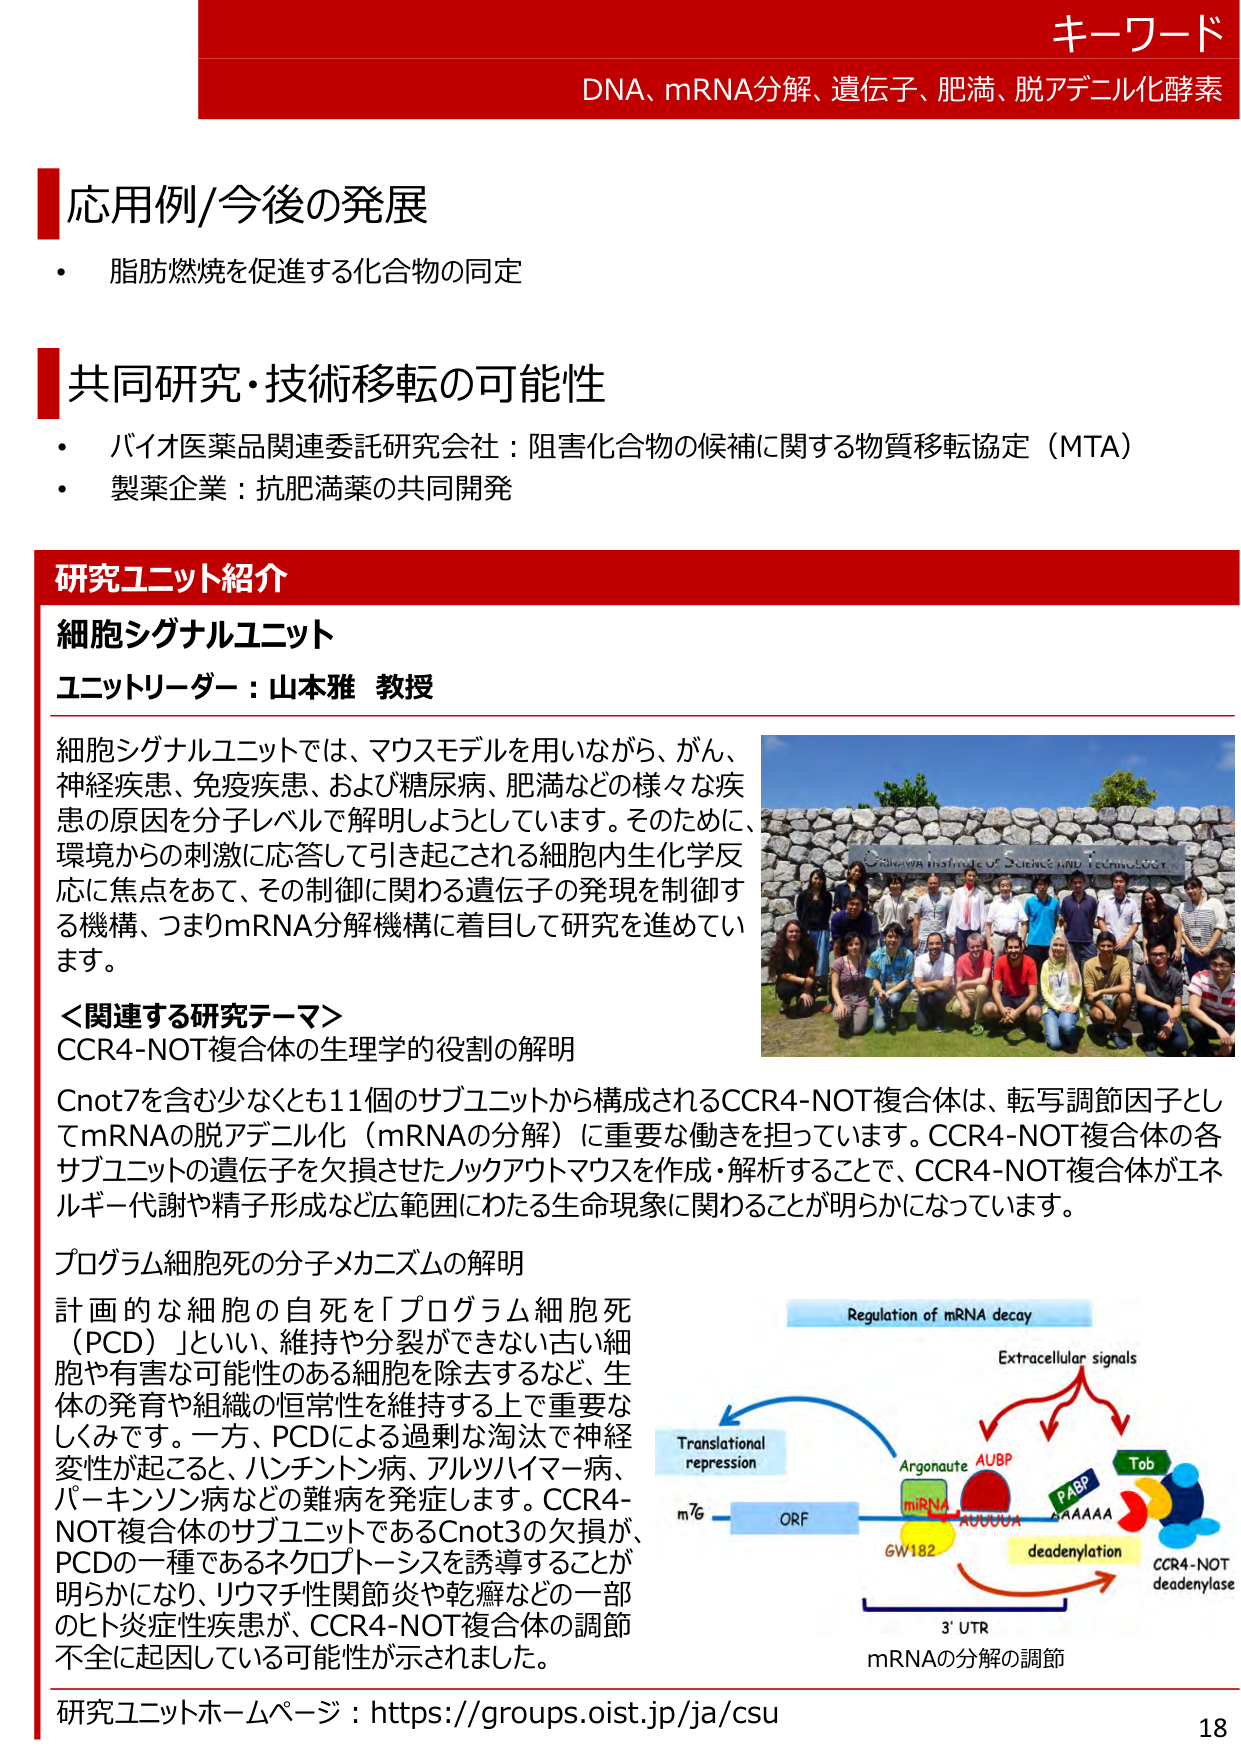
キーワード
DNA、mRNA分解、遺伝子、肥満、脱アデニル化酵素

応用例/今後の発展
・ 脂肪燃焼を促進する化合物の同定

共同研究・技術移転の可能性
・ バイオ医薬品関連委託研究会社：阻害化合物の候補に関する物質移転協定（MTA）
・ 製薬企業：抗肥満薬の共同開発

研究ユニット紹介
細胞シグナルユニット
ユニットリーダー：山本雅 教授

細胞シグナルユニットでは、マウスモデルを用いながら、がん、
神経疾患、免疫疾患、および糖尿病、肥満などの様々な疾
患の原因を分子レベルで解明しようとしています。そのため、
環境からの刺激に応答して引き起こされる細胞内生化学反
応に焦点をあて、その制御に関わる遺伝子の発現を制御す
る機構、つまりmRNA分解機構に着目して研究を進めてい
ます。

＜関連する研究テーマ＞
CCR4-NOT複合体の生理学的役割の解明

Cnot7を含む少なくとも11個のサブユニットから構成されるCCR4-NOT複合体は、転写調節因子とし
てmRNAの脱アデニル化（mRNAの分解）に重要な働きを担っています。CCR4-NOT複合体の各
サブユニットの遺伝子を欠損させたノックアウトマウスを作成・解析することで、CCR4-NOT複合体がエネ
ルギー代謝や精子形成など広範囲にわたる生命現象に関わることが明らかになっています。

プログラム細胞死の分子メカニズムの解明

計画的な細胞の自死を「プログラム細胞死（PCD）」といい、維持や分裂ができない古い細
胞や有害な可能性のある細胞を除去するなど、生
体の発育や組織の恒常性を維持する上で重要な
しくみです。一方、PCDによる過剰な淘汰で神経
変性が起こると、ハンチントン病、アルツハイマー病、
パーキンソン病などの難病を発症します。CCR4-
NOT複合体のサブユニットであるCnot3の欠損が、
PCDの一種であるネクロプトーシスを誘導することが
明らかになり、リウマチ性関節炎や乾癬などの一部
のヒト炎症性疾患が、CCR4-NOT複合体の調節
不全に起因している可能性が示されました。

Regulation of mRNA decay
Extracellular signals
Translational repression
Argonaute AUBP
miRNA
GW182
PABP
Tob
deadenylation
CCR4-NOT
deadenylase
3' UTR
mRNAの分解の調節

研究ユニットホームページ：https://groups.oist.jp/ja/csu
18